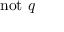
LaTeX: \mathrm { n o t } ~ q